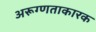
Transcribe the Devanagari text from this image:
अरूग्णताकारक